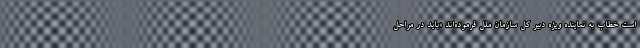
است خطاب به نماینده ویژه دبیر کل سازمان ملل فرموده‌اند «باید در مراحل